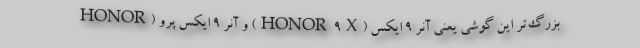
بزرگ‌تر این گوشی یعنی آنر 9 ایکس (HONOR 9X) و آنر 9 ایکس پرو (HONOR